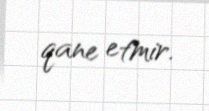
qane etmir.